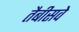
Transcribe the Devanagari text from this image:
तैबीसवे